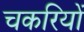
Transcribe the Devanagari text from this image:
चकरियों